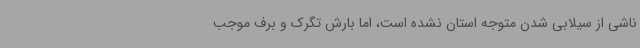
ناشی از سیلابی شدن متوجه استان نشده است، اما بارش تگرک و برف موجب